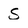
Character: s